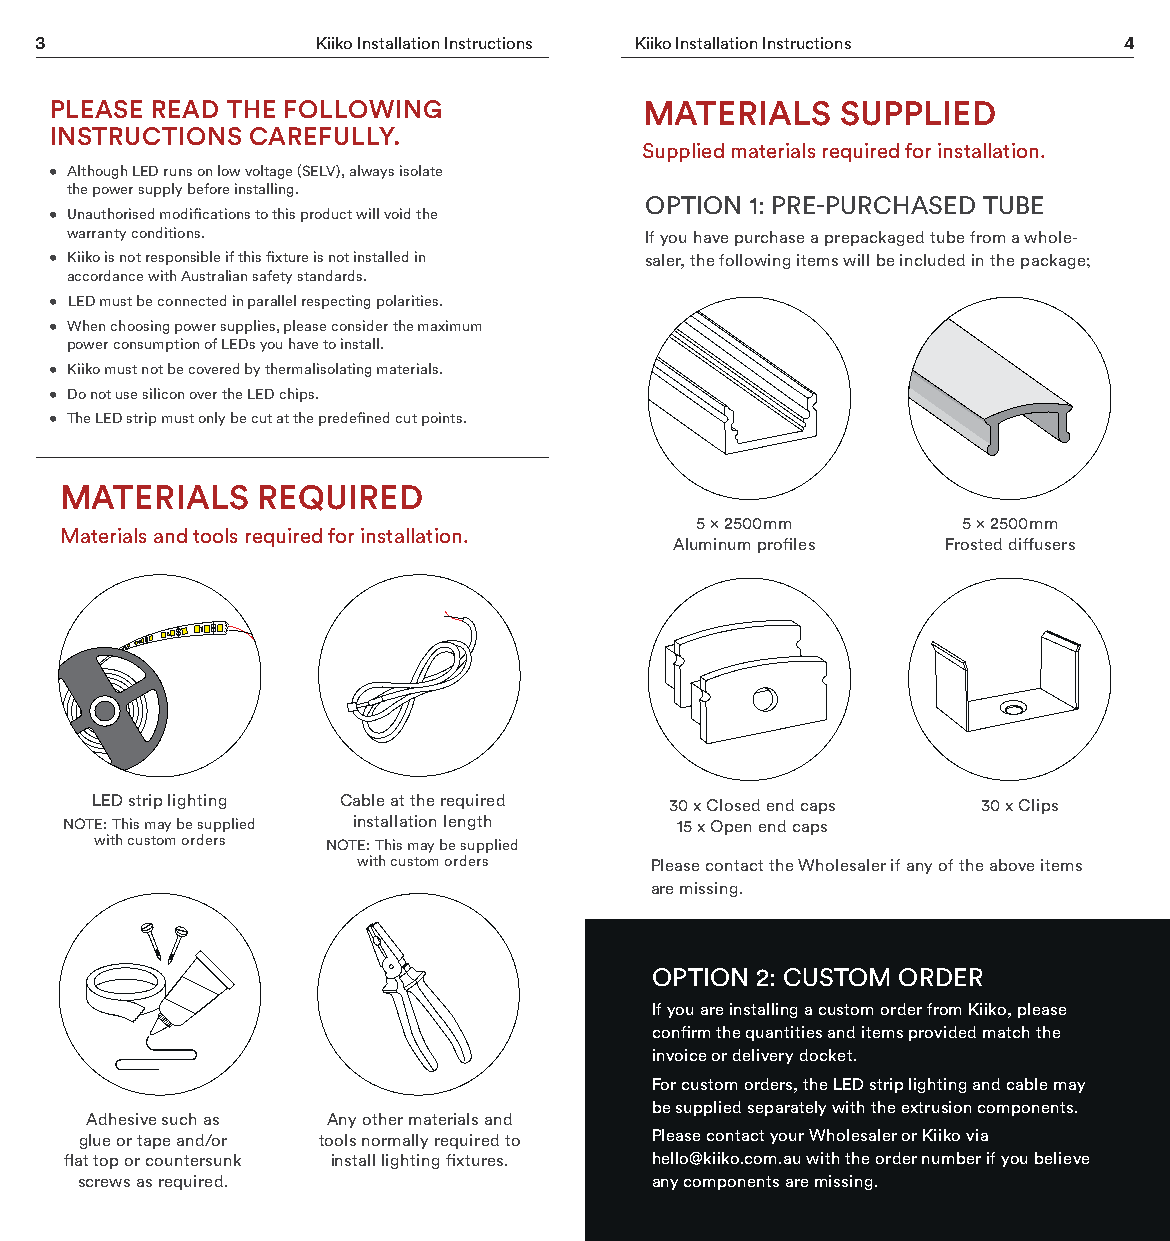
3                  Kiiko Installation Instructions Kiiko Installation Instructions 4
 PLEASE READ THE FOLLOWING               MATERIALS    SUPPLIED
 INSTRUCTIONS  CAREFULLY.
 Supplied materials required for installation.
 • Although LED runs on low voltage (SELV), always isolate
 the power supply before installing.
 OPTION 1: PRE-PURCHASED TUBE
 • Unauthorised modifications to this product will void the
 warranty conditions.                   If you have purchase a prepackaged tube from a whole-
 • Kiiko is not responsible if this fixture is not installed in saler, the following items will be included in the package;
 accordance with Australian safety standards.
 • LED must be connected in parallel respecting polarities.
 • When choosing power supplies, please consider the maximum
 power consumption of LEDs you have to install.
 • Kiiko must not be covered by thermalisolating materials.
 • Do not use silicon over the LED chips.
 • The LED strip must only be cut at the predefined cut points.
 MATERIALS    REQUIRED
 5 x 2500mm        5 x 2500mm
 Materials and tools required for installation.
 Aluminum profiles Frosted diffusers
 LED strip lighting Cable at the required 30 x Closed end caps 30 x Clips
 NOTE: This may be supplied installation length 15 x Open end caps
 with custom orders NOTE: This may be supplied
 with custom orders Please contact the Wholesaler if any of the above items
 are missing.
 OPTION 2: CUSTOM ORDER
 If you are installing a custom order from Kiiko, please
 confirm the quantities and items provided match the
 invoice or delivery docket.
 For custom orders, the LED strip lighting and cable may
 be supplied separately with the extrusion components.
 Adhesive such as Any other materials and
 glue or tape and/or tools normally required to Please contact your Wholesaler or Kiiko via
 flat top or countersunk install lighting fixtures. hello@kiiko.com.au with the order number if you believe
 screws as required.                   any components are missing.